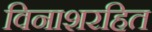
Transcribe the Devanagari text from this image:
विनाशरहित